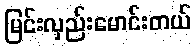
မြင်းလှည်းမောင်းတယ်